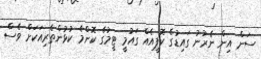
ސަން އިން ނެރުނު ގައިޑުގެ ކޮޕީއެއް ގައުމީ ޓީމުގެ ކޮންމެ ކުޅުންތެރިއަކަށް ވެސް